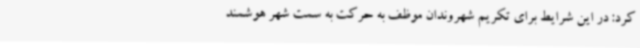
کرد: در این شرایط برای تکریم شهروندان موظف به حرکت به سمت شهر هوشمند